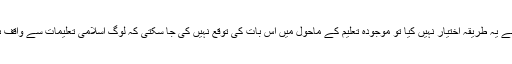
اگر آپ نے یہ طریقہ اختیار نہیں کیا تو موجودہ تعلیم کے ماحول میں اس بات کی توقع نہیں کی جا سکتی کہ لوگ اسلامی تعلیمات سے واقف ہوں گے۔